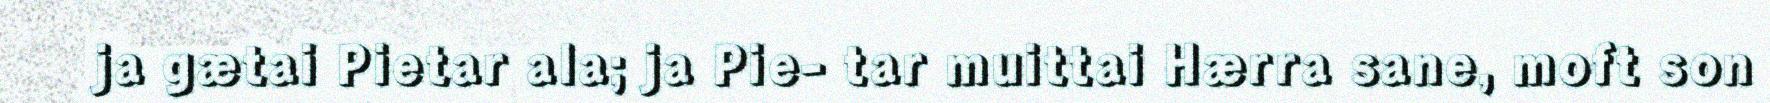
ja gætai Pietar ala; ja Pie- tar muittai Hærra sane, moft son